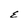
Character: E